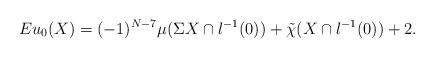
LaTeX: \begin{align*}Eu_0(X)=(-1)^{N-7}\mu(\Sigma X\cap l^{-1}(0))+\tilde{\chi}(X\cap l^{-1}(0))+2.\end{align*}